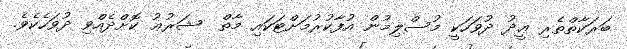
ބަރަކާތްތެރި ޢީދު ދުވަހަކީ މުސްލިމުން އުފާކުރުމަށްޓަކައި މާތް  ޝަރުޢު ކޮށްދެއްވި ދުވަހެކެވެ.